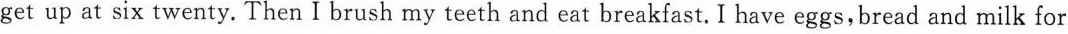
get up at six twenty. Then I brush my teeth and eat breakfast. I have eggs,bread and milk for